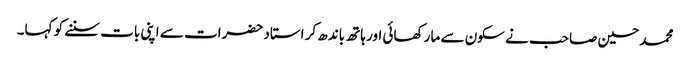
محمد حسین صاحب نے سکون سے مار کھائی اور ہاتھ باندھ کر استاد حضرات سے اپنی بات سننے کو کہا۔